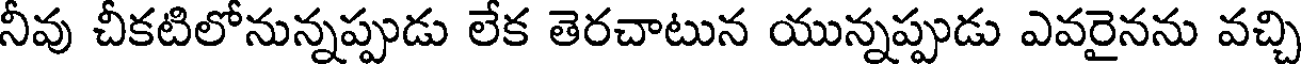
నీవు చీకటిలోనున్నప్పుడు లేక తెరచాటున యున్నప్పుడు ఎవరైనను వచ్చి